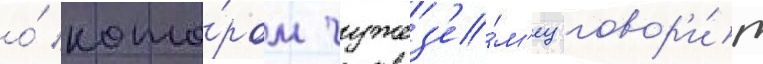
о́ кото́ром чужез'е́м'ец говор'и́т